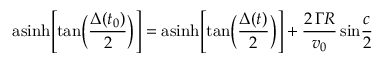
\mathrm { a s i n h } \Bigg [ \mathrm { t a n } \bigg ( { \frac { \Delta ( t _ { 0 } ) } { 2 } } \bigg ) \Bigg ] = \mathrm { a s i n h } \Bigg [ \mathrm { t a n } \bigg ( { \frac { \Delta ( t ) } { 2 } } \bigg ) \Bigg ] + { \frac { 2 \, \Gamma R } { v _ { 0 } } } \, \mathrm { s i n } { \frac { c } { 2 } }